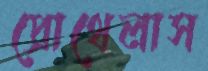
প্রোথেলাস